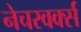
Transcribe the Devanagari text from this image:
नेचरवर्क्स